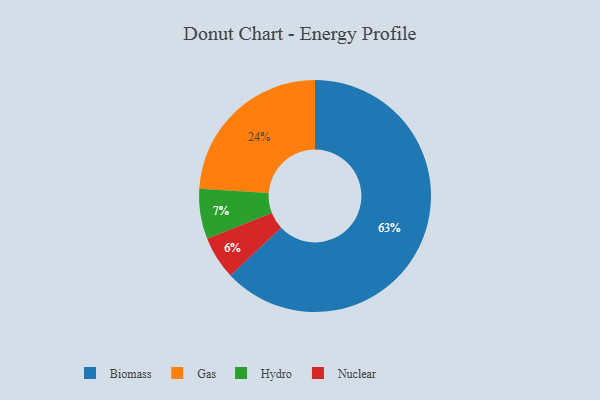
{"axis": {"x": "Category", "y": "Percentage"}, "legend": ["Biomass", "Gas", "Hydro", "Nuclear"], "data": [{"x": "Biomass", "y": 63, "type": "Biomass"}, {"x": "Nuclear", "y": 6, "type": "Nuclear"}, {"x": "Gas", "y": 24, "type": "Gas"}, {"x": "Hydro", "y": 7, "type": "Hydro"}]}